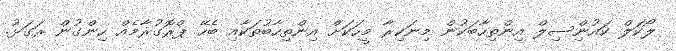
ލޯކަލް ކައުންިސިލް އިންތިހާބަކުން މިނަކިރާ މީހަކަށް އިންތިހާބުތަކާއި ބެހޭ ޕްރޮގުރާމެއް ހިންގުން ރަގަޅު.